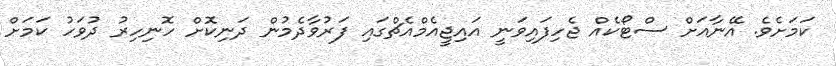
ކަމަށެވެ. އޭނާއަށް ސްޓޯކެއް ޖެހިފައިވަނީ އައިޖީއެމްއެޗްގައި ފަރުވާދެމުން ދަނިކޮށް ހޮނިހިރު ދުވަހު ކަމަށް